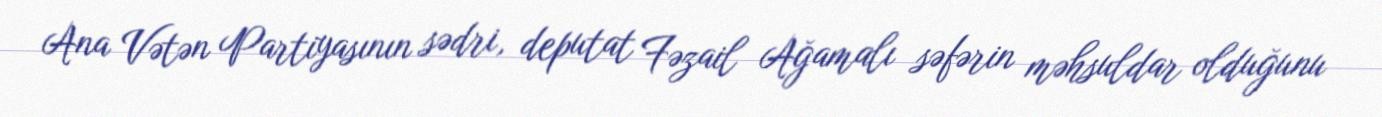
Ana Vətən Partiyasının sədri, deputat Fəzail Ağamalı səfərin məhsuldar olduğunu